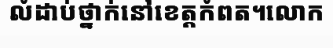
លំដាប់ថ្នាក់នៅខេត្តកំពត។លោក